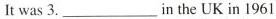
It was 3.___ in the UK in 1961